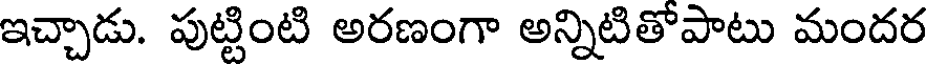
ఇచ్చాడు. పుట్టింటి అరణంగా అన్నిటితోపాటు మందర